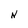
Character: N